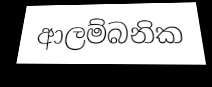
ආලම්බනික